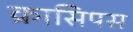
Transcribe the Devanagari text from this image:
क्रासिपस